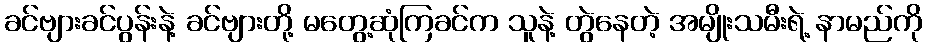
ခင်ဗျားခင်ပွန်းနဲ့ ခင်ဗျားတို့ မတွေ့ဆုံကြခင်က သူနဲ့ တွဲနေတဲ့ အမျိုးသမီးရဲ့ နာမည်ကို